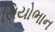
સિયોભાન